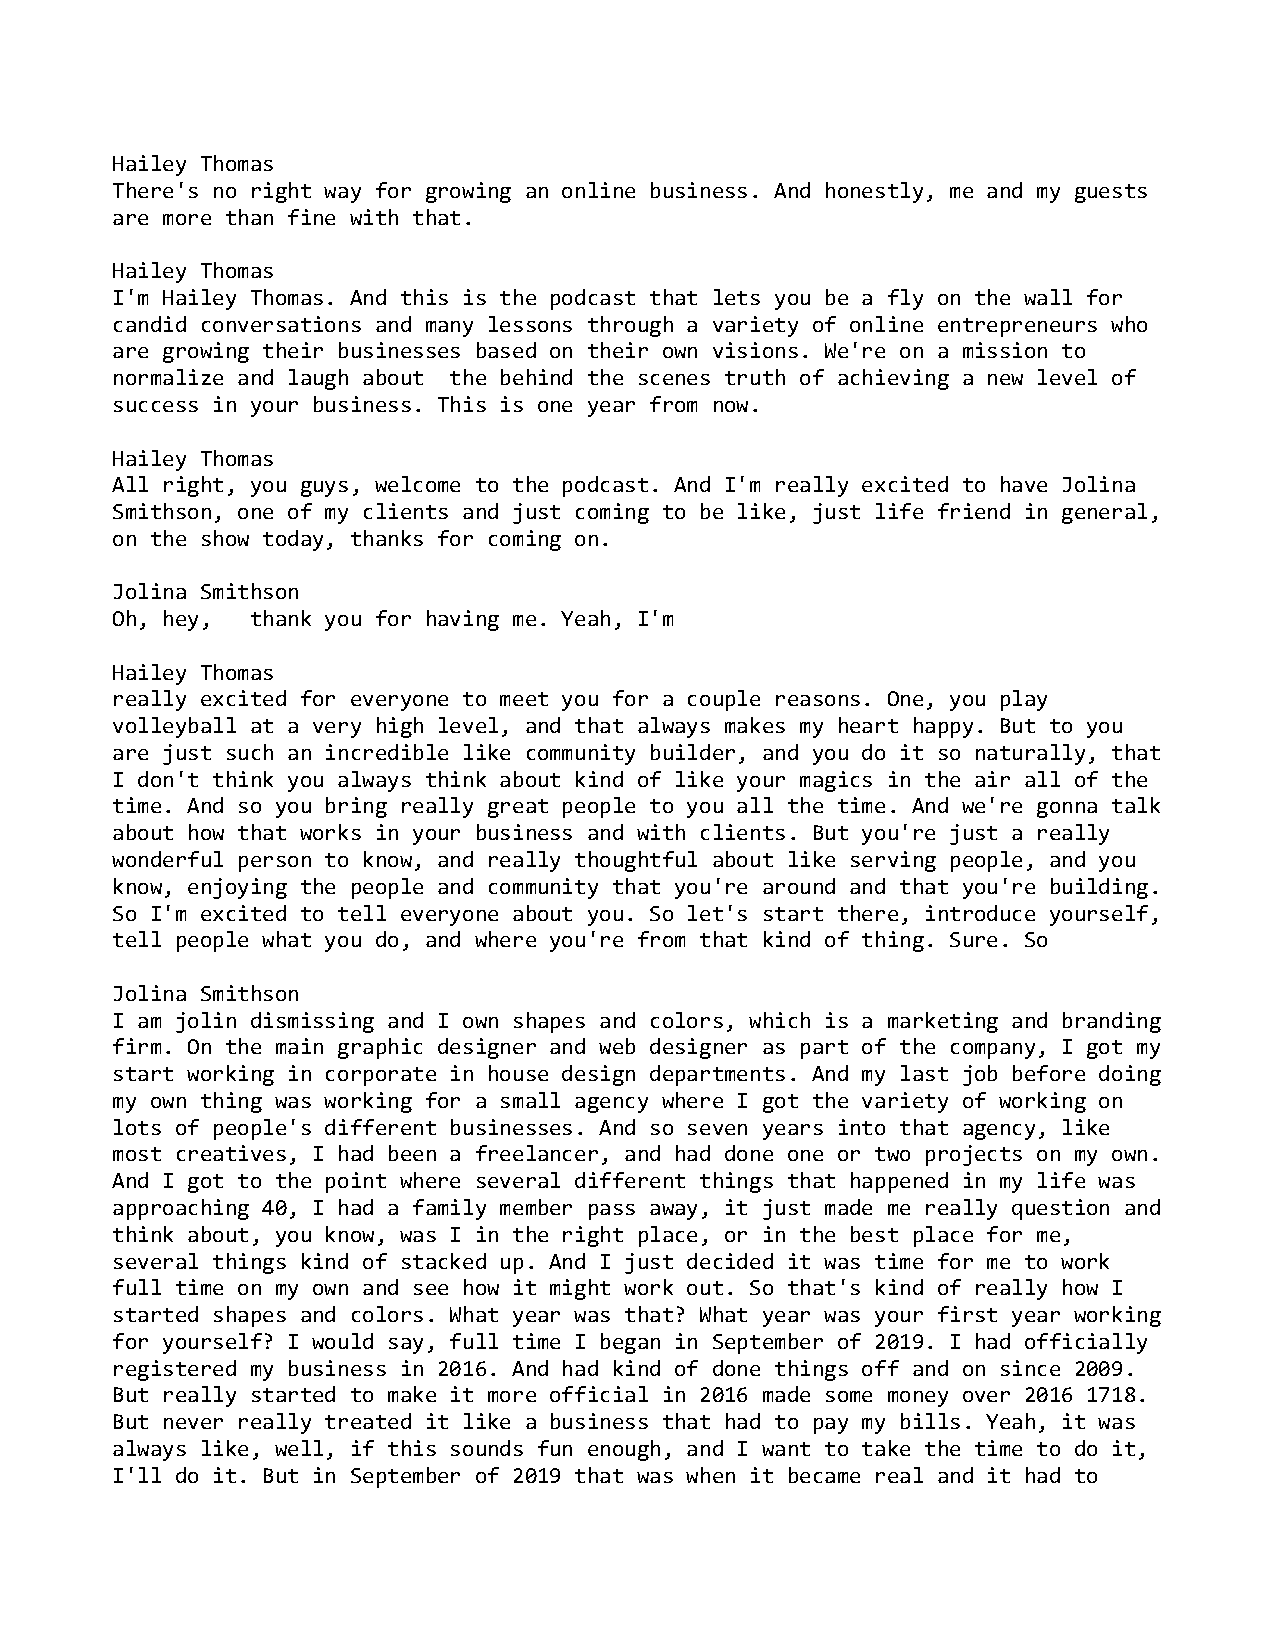
Hailey Thomas
 There's no right way for growing an online business. And honestly, me and my guests
 are more than fine with that.
 Hailey Thomas
 I'm Hailey Thomas. And this is the podcast that lets you be a fly on the wall for
 candid conversations and many lessons through a variety of online entrepreneurs who
 are growing their businesses based on their own visions. We're on a mission to
 normalize and laugh about the behind the scenes truth of achieving a new level of
 success in your business. This is one year from now.
 Hailey Thomas
 All right, you guys, welcome to the podcast. And I'm really excited to have Jolina
 Smithson, one of my clients and just coming to be like, just life friend in general,
 on the show today, thanks for coming on.
 Jolina Smithson
 Oh, hey,  thank you for having me. Yeah, I'm
 Hailey Thomas
 really excited for everyone to meet you for a couple reasons. One, you play
 volleyball at a very high level, and that always makes my heart happy. But to you
 are just such an incredible like community builder, and you do it so naturally, that
 I don't think you always think about kind of like your magics in the air all of the
 time. And so you bring really great people to you all the time. And we're gonna talk
 about how that works in your business and with clients. But you're just a really
 wonderful person to know, and really thoughtful about like serving people, and you
 know, enjoying the people and community that you're around and that you're building.
 So I'm excited to tell everyone about you. So let's start there, introduce yourself,
 tell people what you do, and where you're from that kind of thing. Sure. So
 Jolina Smithson
 I am jolin dismissing and I own shapes and colors, which is a marketing and branding
 firm. On the main graphic designer and web designer as part of the company, I got my
 start working in corporate in house design departments. And my last job before doing
 my own thing was working for a small agency where I got the variety of working on
 lots of people's different businesses. And so seven years into that agency, like
 most creatives, I had been a freelancer, and had done one or two projects on my own.
 And I got to the point where several different things that happened in my life was
 approaching 40, I had a family member pass away, it just made me really question and
 think about, you know, was I in the right place, or in the best place for me,
 several things kind of stacked up. And I just decided it was time for me to work
 full time on my own and see how it might work out. So that's kind of really how I
 started shapes and colors. What year was that? What year was your first year working
 for yourself? I would say, full time I began in September of 2019. I had officially
 registered my business in 2016. And had kind of done things off and on since 2009.
 But really started to make it more official in 2016 made some money over 2016 1718.
 But never really treated it like a business that had to pay my bills. Yeah, it was
 always like, well, if this sounds fun enough, and I want to take the time to do it,
 I'll do it. But in September of 2019 that was when it became real and it had to